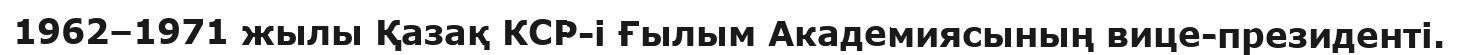
1962–1971 жылы Қазақ КСР-і Ғылым Академиясының вице-президенті.